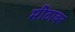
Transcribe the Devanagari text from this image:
मीठावर